Annual vaccination report of Bihar and Orissa - 1911-1928
Year: 1911
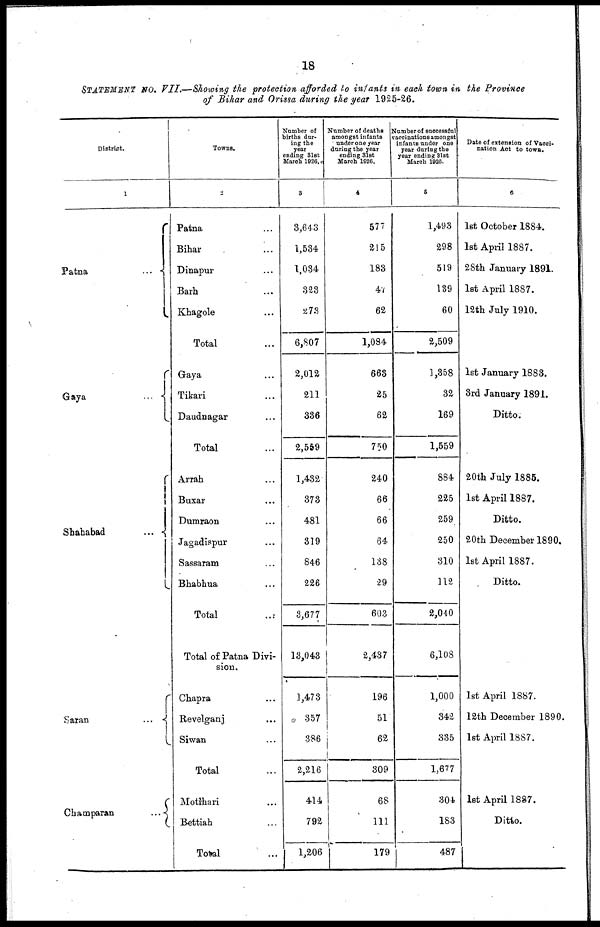
18
STATEMENT No. VII.—Showing the protection afforded to infants in each town in the Province
of Bihar and Orissa during the year 1925-26.
District.
1
Patna
...
...
Gaya...
...
Shahabad
...
...
Saran...
...
Champaran...
...
Towns.
2
Patna... ...
Bihar... ...
Dinapur... ...
Barh... ...
Khagole ... ...
Total... ...
Gaya... ...
Tikari... ...
Daudnagar... ...
Total... ...
Arrah... ...
Buxar... ...
Dumraon... ...
Jagadispur... ...
Sassaram... ...
Bhabhua... ...
Total...
Total of Patna Divi-
sion.
Chapra... ...
Revelganj... ...
Siwan... ...
Total... ...
Motihari... ...
Bettiah... ...
Total... ...
Number of
births dur-
ing the
year
ending 31st
March 1926.
3
3,643
1,534
1,034
323
273
6,807
2,012
211
336
2,559
1,432
373
481
319
846
226
8,677
13,043
1,473
357
386
2,216
414
792
1,206
Number of deaths
amongst infants
under one year
during the year
ending 31st
March 1926.
4
577
215
183
47
62
1,084
663
25
62
750
240
66
66
64
138
29
603
2,437
196
51
62
309
68
111
179
Number of successful
vaccinations amongst
infants under one
year during the
year ending 31st
March 1926.
5
1,493
298
519
139
60
2,509
1,358
32
169
1,559
884
225
259
250
310
112
2,040
6,108
1,000
342
335
1,677
304
183
487
Date of extension of Vacci-
nation Act to town.
6
1st October 1884.
1st April 1887.
28th January 1891.
1st April 1887.
12th July 1910.
1st January 1888.
3rd January 1891.
Ditto.
20th July 1885.
1st April 1887.
Ditto.
20th December 1890.
1st April 1887.
Ditto.
1st April 1887.
12th December 1890.
1st April 1887.
1st April 1887.
Ditto.